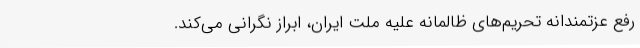
رفع عزتمندانهٔ تحریم‌های ظالمانه علیه ملت ایران، ابراز نگرانی می‌کند.